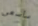
سأسعى